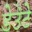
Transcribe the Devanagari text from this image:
डेउंटे